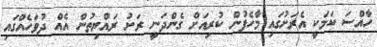
ހާއްސަ ކަމަކީ އެރަށުގައި މާހެފުން ކުރިއަށް ގެންދަނީ ރަށު ރައްޔިތުން އެއް ދުވަހެއްގައި